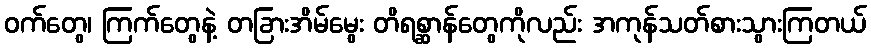
ဝက်တွေ၊ ကြက်တွေနဲ့ တခြားအိမ်မွေး တိရစ္ဆာန်တွေကိုလည်း အကုန်သတ်စားသွားကြတယ်